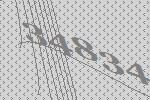
34834